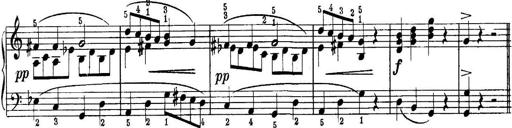
Title: Piano Sonatina No.1 in C major
Composer: Tadeusz Joteyko
Key: C major